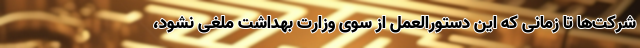
شرکت‌ها تا زمانی که این دستورالعمل از سوی وزارت بهداشت ملغی نشود،